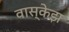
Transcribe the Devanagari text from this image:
वास्केझ